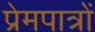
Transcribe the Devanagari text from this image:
प्रेमपात्रों